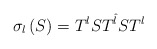
\begin{align*}\sigma _{l}\left( S\right) =T^{l}ST^{\hat{l}}ST^{l}\end{align*}